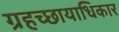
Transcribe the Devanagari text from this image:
ग्रहच्छायाधिकार